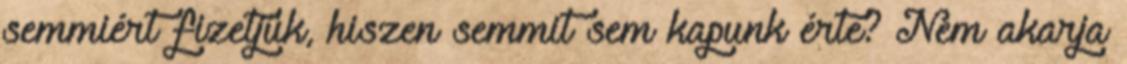
semmiért fizetjük, hiszen semmit sem kapunk érte? Nem akarja